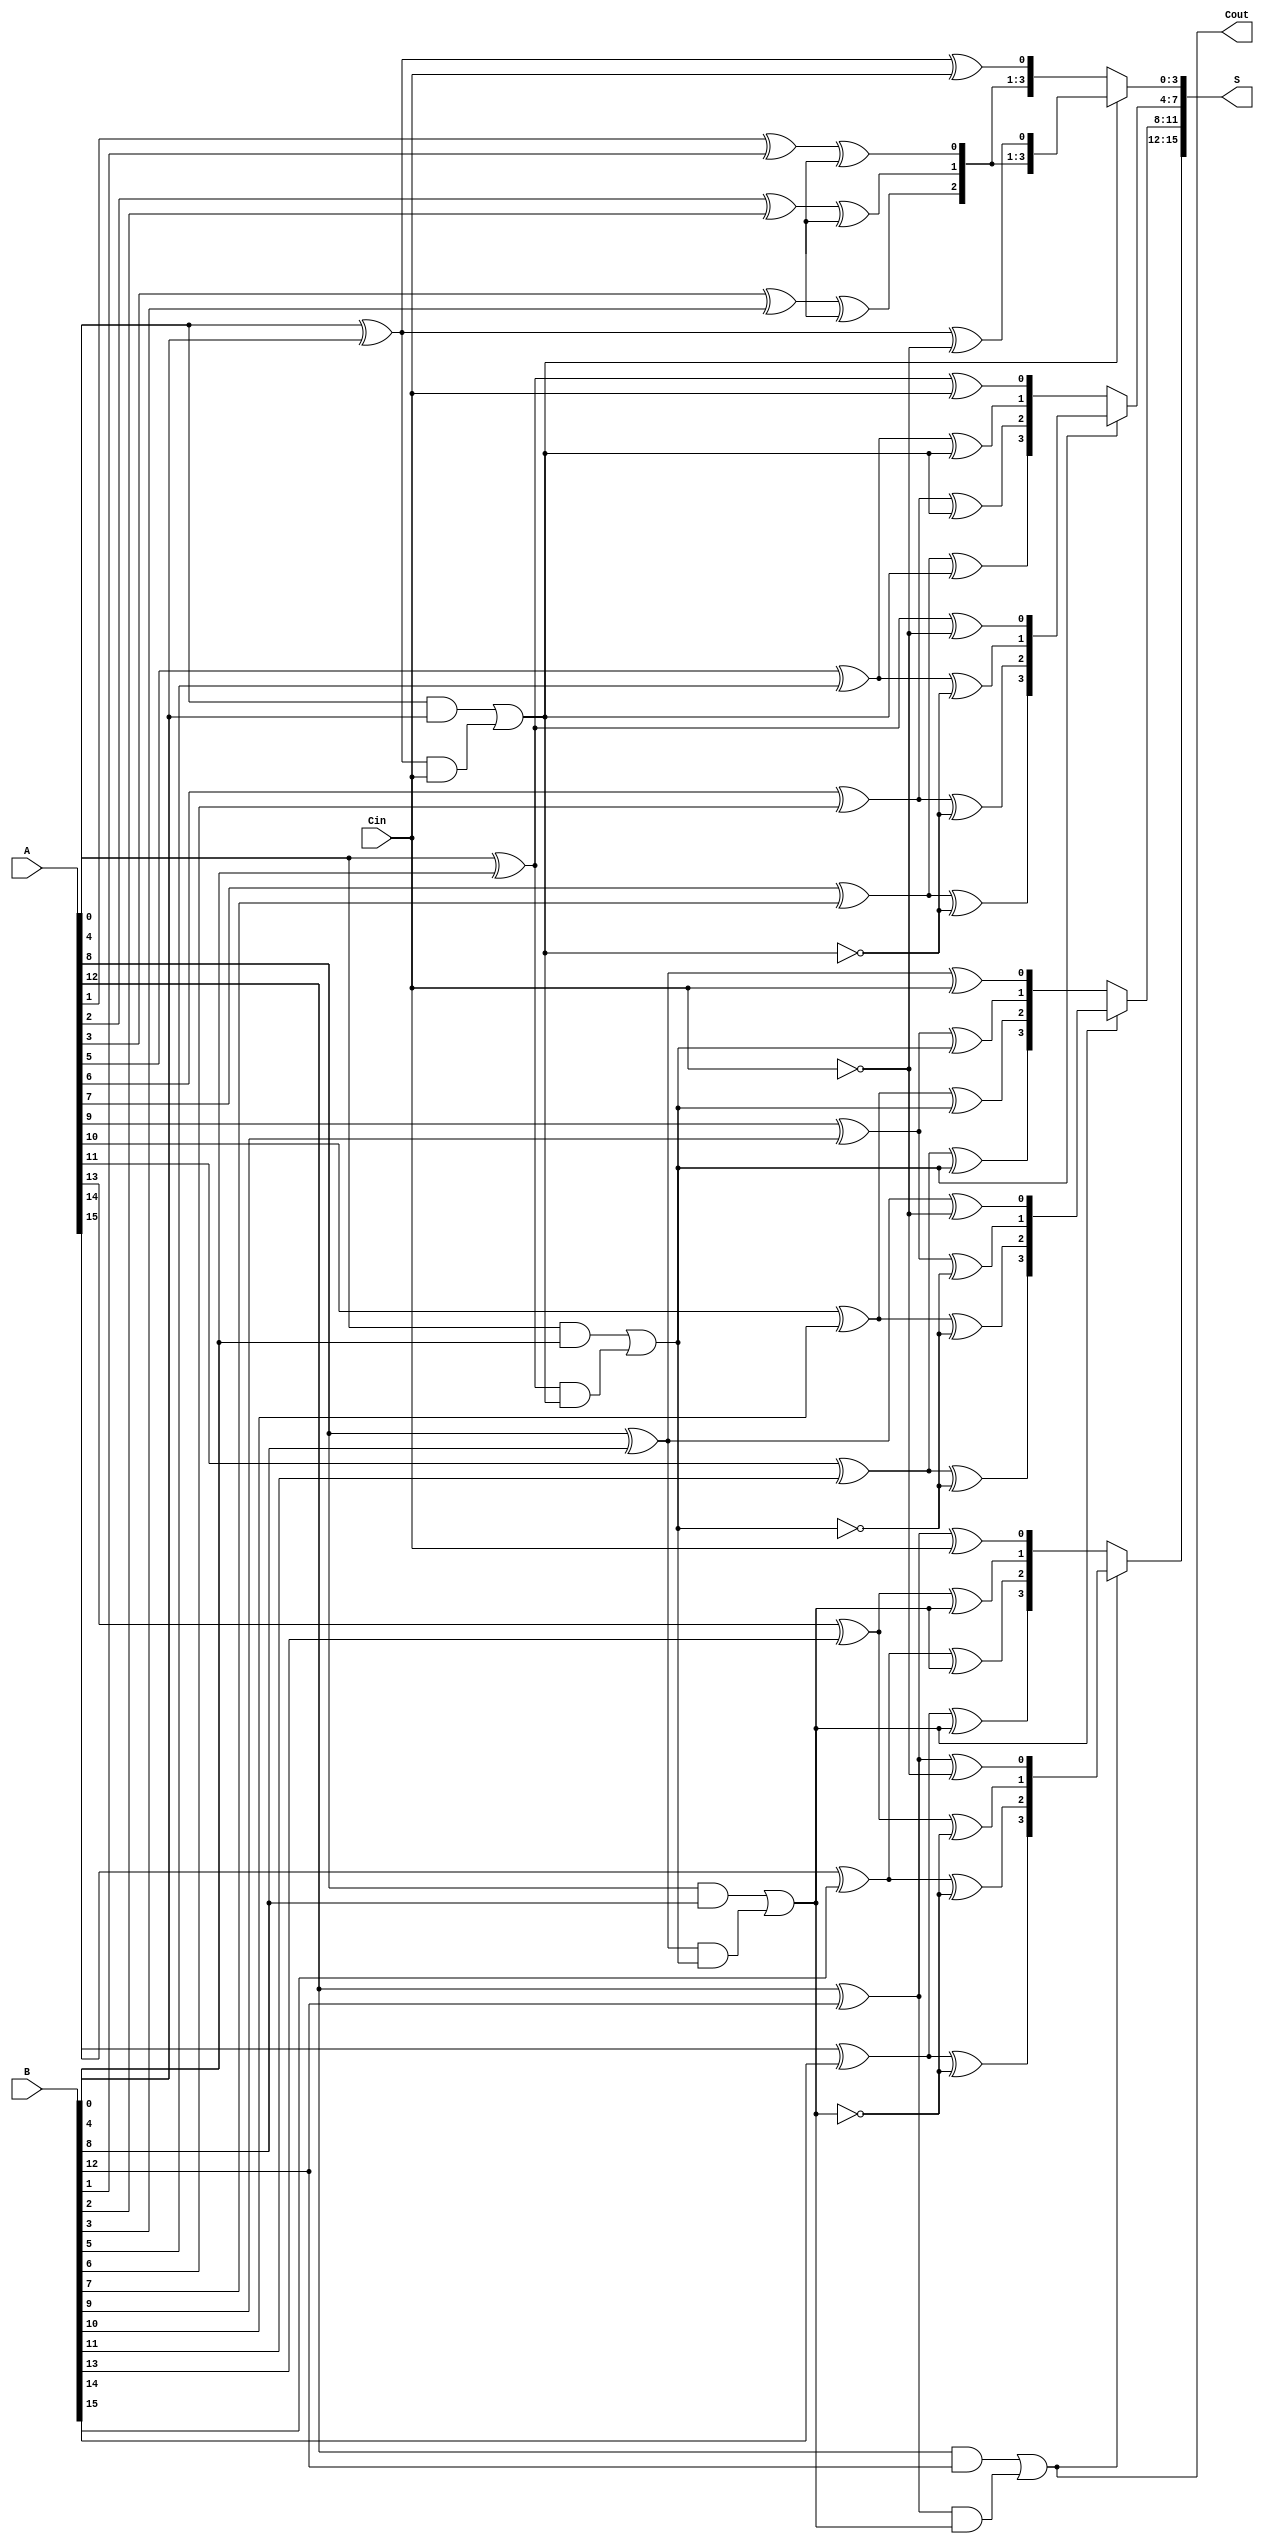
module CSPA #(parameter n = 16, // Total bit width
               parameter b = 4)  // Block size
(
    input  [n-1:0] A,   // First operand
    input  [n-1:0] B,   // Second operand
    input          Cin,  // Carry in
    output [n-1:0] S,   // Sum output
    output         Cout  // Carry out
);

    localparam num_blocks = n / b; // Number of blocks

    // Internal signal declarations
    wire [b-1:0] P [0:num_blocks-1]; // Propagate signals
    wire [b-1:0] G [0:num_blocks-1]; // Generate signals
    wire [num_blocks-1:0] C;          // Carry signals
    wire [b-1:0] S0 [0:num_blocks-1]; // Sum if Cin = 0
    wire [b-1:0] S1 [0:num_blocks-1]; // Sum if Cin = 1

    // Generate propagate and generate signals for each block
    genvar i, j;
    generate
        for (i = 0; i < num_blocks; i = i + 1) begin : block
            for (j = 0; j < b; j = j + 1) begin : bit
                if (j == 0) begin
                    assign P[i][j] = A[i*b+j] ^ B[i*b+j];
                    assign G[i][j] = A[i*b+j] & B[i*b+j];
                end else begin
                    assign P[i][j] = A[i*b+j] ^ B[i*b+j];
                    assign G[i][j] = A[i*b+j] & B[i*b+j];
                end
            end
        end
    endgenerate

    // Carry generation using a prefix structure
    generate
        for (i = 0; i < num_blocks; i = i + 1) begin : carry_gen
            if (i == 0) begin
                assign C[i] = G[i][0] | (P[i][0] & Cin);
            end else begin
                assign C[i] = G[i][0] | (P[i][0] & C[i-1]);
            end
        end
    endgenerate

    // Sum calculation for Cin = 0 and Cin = 1
    generate
        for (i = 0; i < num_blocks; i = i + 1) begin : sum_calc
            for (j = 0; j < b; j = j + 1) begin : sum_bit
                if (j == 0) begin
                    assign S0[i][j] = P[i][j] ^ Cin;
                    assign S1[i][j] = P[i][j] ^ (Cin ^ 1);
                end else begin
                    assign S0[i][j] = P[i][j] ^ C[i-1];
                    assign S1[i][j] = P[i][j] ^ (C[i-1] ^ 1);
                end
            end
        end
    endgenerate

    // Final sum selection based on carry signals
    generate
        for (i = 0; i < num_blocks; i = i + 1) begin : final_sum
            assign S[i*b +: b] = C[i] ? S1[i] : S0[i];
        end
    endgenerate

    // Final carry out
    assign Cout = C[num_blocks-1];

endmodule